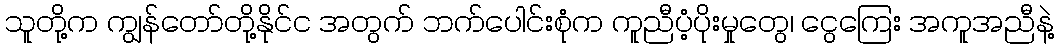
သူတို့က ကျွန်တော်တို့နိုင်င အတွက် ဘက်ပေါင်းစုံက ကူညီပံ့ပိုးမှုတွေ၊ ငွေကြေး အကူအညီနဲ့